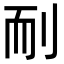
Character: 𦓎